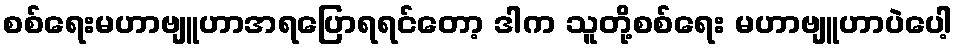
စစ်ရေးမဟာဗျူဟာအရပြောရရင်တော့ ဒါက သူတို့စစ်ရေး မဟာဗျူဟာပဲပေါ့